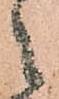
之